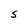
Character: S